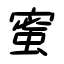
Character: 蜜